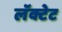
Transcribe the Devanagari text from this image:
लॅक्टेट